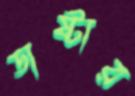
ডাষ্টার